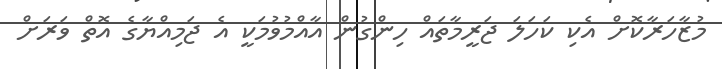
މުޒާހަރާކޮށް އެކި ކަހަލަ ޖަރީމާތައް ހިންގުން އާއްމުވުމަކީ އެ ޖަމިއްޔާގެ އޮތް ވަރަށް